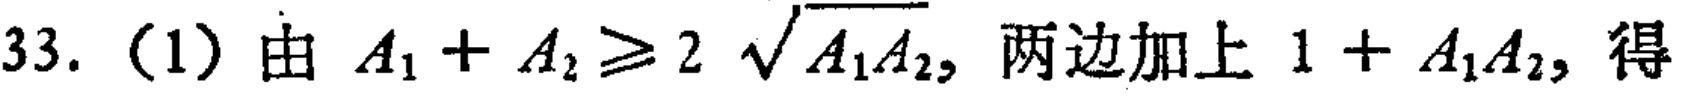
33.（1）由 \(A_1 + A_2 \geq 2\sqrt{A_1A_2}\)，两边加上 \(1 + A_1A_2\)，得